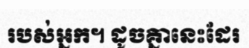
របស់អ្នក។ ដូចគ្នានេះដែរ